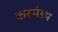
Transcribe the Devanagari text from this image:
कष्टमंडप